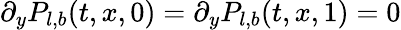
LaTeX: \partial_{y}P_{l,b}(t,x,0)=\partial_{y}P_{l,b}(t,x,1)=0